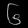
Digit: ၆